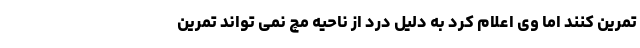
تمرین کنند اما وی اعلام کرد به دلیل درد از ناحیه مچ نمی تواند تمرین